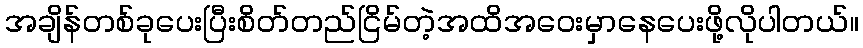
အချိန်တစ်ခုပေးပြီးစိတ်တည်ငြိမ်တဲ့အထိအဝေးမှာနေပေးဖို့လိုပါတယ်။